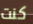
كنت